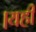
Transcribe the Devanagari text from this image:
।यही